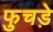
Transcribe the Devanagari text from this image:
फुचड़े